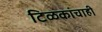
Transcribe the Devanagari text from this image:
टिळकांचाही